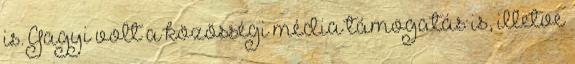
is. Gagyi volt a közösségi média támogatás is, illetve